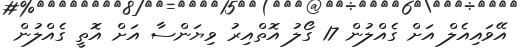
އޭވައިއެލް އަށް ގެއްލުން 17 ގޯލު އޮތްއިރު ވިޔަންސާ އަށް އޮތީ ގެއްލުން